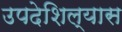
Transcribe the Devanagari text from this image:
उपदेशिल्यास